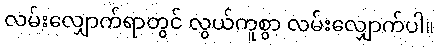
လမ်းလျှောက်ရာတွင် လွယ်ကူစွာ လမ်းလျှောက်ပါ။